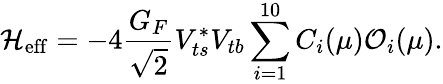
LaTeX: {\cal H}_{\mathrm{eff}}=-4\frac{G_{F}}{\sqrt{2}}V_{ts}^{*}V_{tb}\sum_{i=1}^{10}C_{i}(\mu){\cal O}_{i}(\mu).